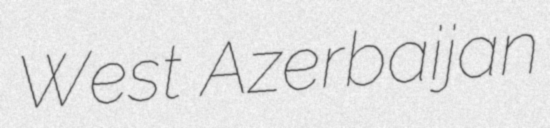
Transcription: West Azerbaijan